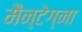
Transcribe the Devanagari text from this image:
मैन्टेग्ना